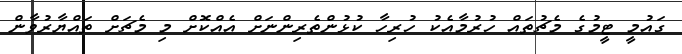
ގައުމީ ޓީމުގެ މެޗުތައް ހުރުމާއެކު ހުރިހާ ކުޅުންތެރިންނަށް އެއްކޮށް މި މެޗަށް ތައްޔާރުވާން